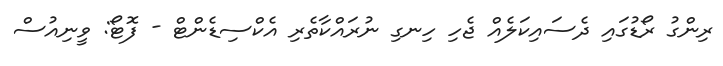
ރިންގު ރޯޑުގައި ދެސައިކަލެއް ޖެހި ހިނގި ނުރައްކާތެރި އެކްސިޑެންޓް - ފޮޓޯ: ވީނިއުސް